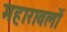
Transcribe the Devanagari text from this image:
महारावलों